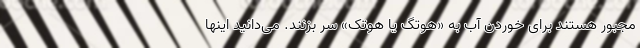
مجبور هستند برای خوردن آب به «هوتِگ یا هوتَک» سر بزنند. می‌دانید اینها